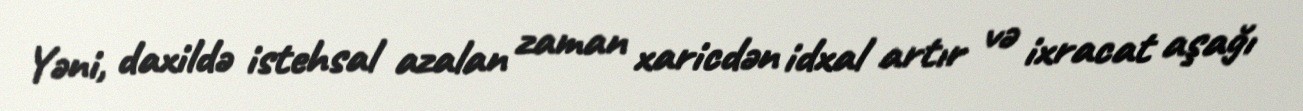
Yəni, daxildə istehsal azalan zaman xaricdən idxal artır və ixracat aşağı